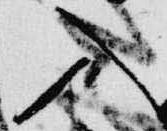
入